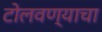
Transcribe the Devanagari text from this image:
टोलवण्याचा